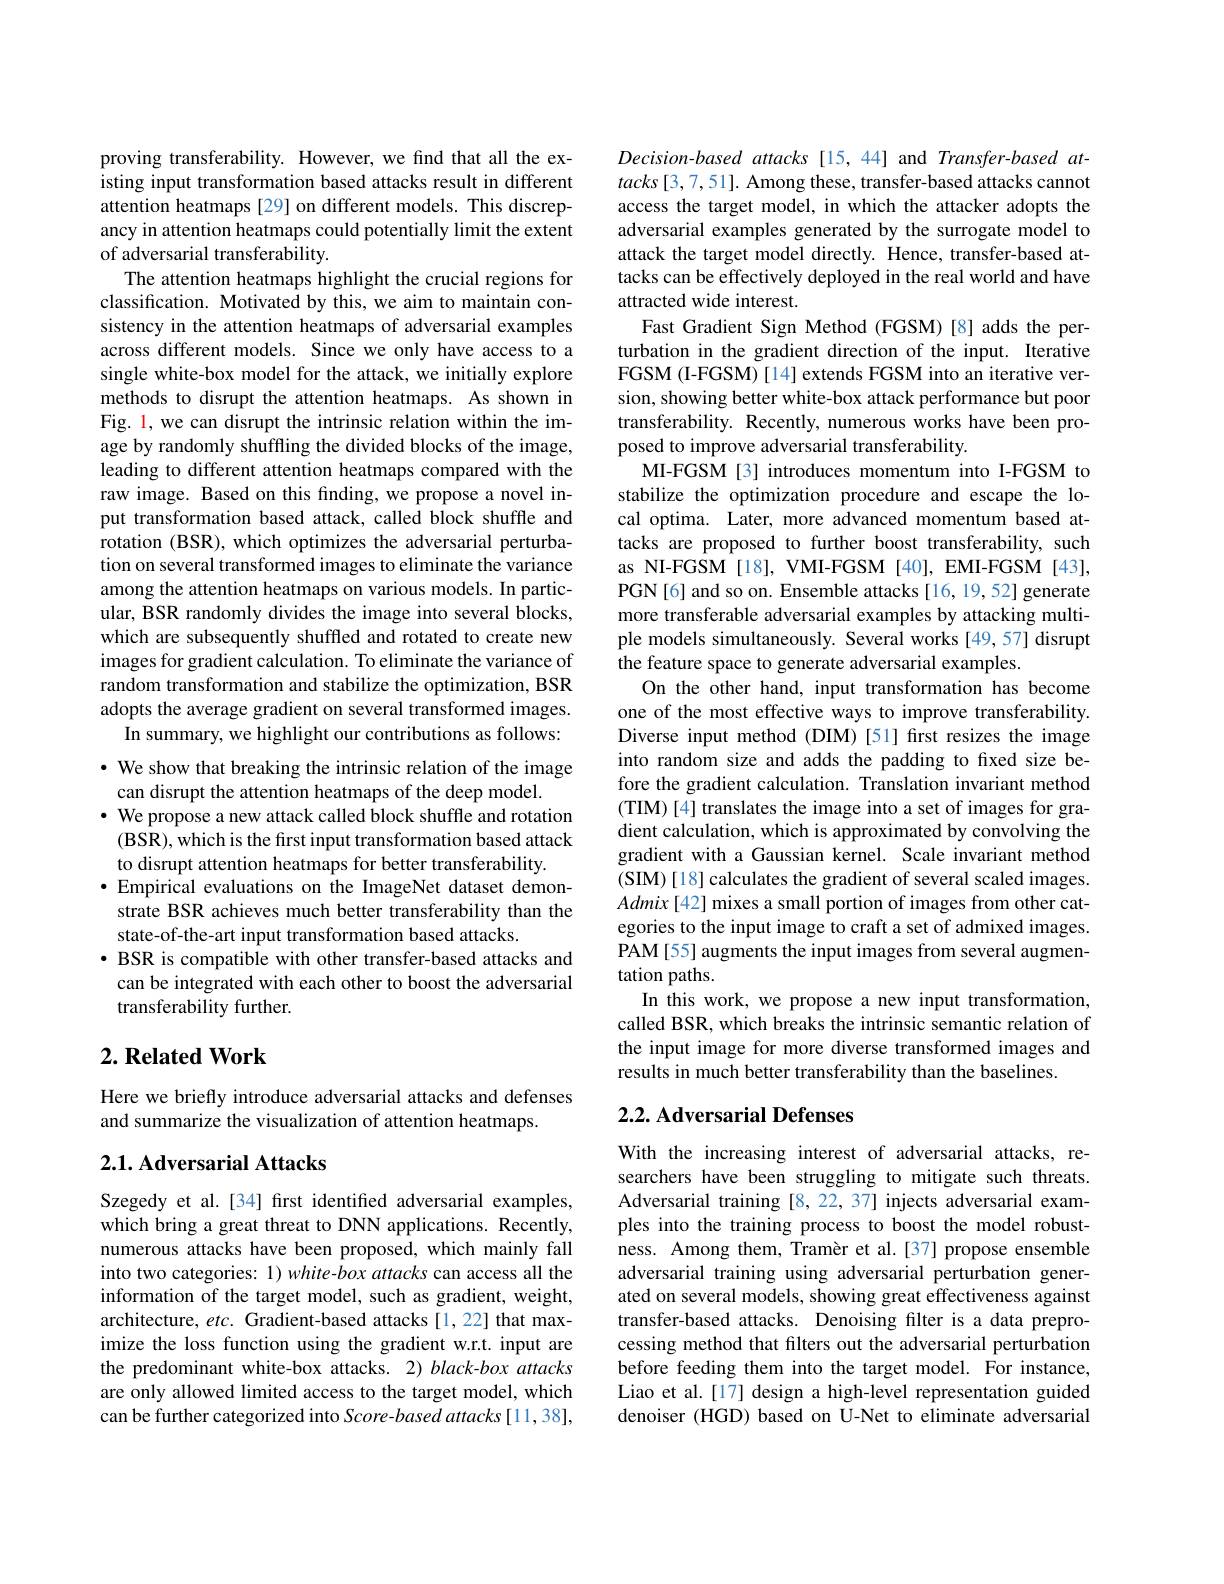
proving transferability. However, we find that all the existing input transformation based attacks result in different attention heatmaps [29] on different models. This discrepancy in attention heatmaps could potentially limit the extent of adversarial transferability.
The attention heatmaps highlight the crucial regions for classification. Motivated by this, we aim to maintain consistency in the attention heatmaps of adversarial examples across different models. Since we only have access to a single white-box model for the attack, we initially explore methods to disrupt the attention heatmaps. As shown in Fig. 1, we can disrupt the intrinsic relation within the image by randomly shuffling the divided blocks of the image, leading to different attention heatmaps compared with the raw image. Based on this finding, we propose a novel input transformation based attack, called block shuffle and rotation (BSR), which optimizes the adversarial perturbation on several transformed images to eliminate the variance among the attention heatmaps on various models. In particular, BSR randomly divides the image into several blocks, which are subsequently shuffled and rotated to create new images for gradient calculation. To eliminate the variance of random transformation and stabilize the optimization, BSR adopts the average gradient on several transformed images.
In summary, we highlight our contributions as follows: · We show that breaking the intrinsic relation of the image
can disrupt the attention heatmaps of the deep model.
· We propose a new attack called block shuffle and rotation (BSR), which is the first input transformation based attack to disrupt attention heatmaps for better transferability.
·Empirical evaluations on the ImageNet dataset demonstrate BSR achieves much better transferability than the state-of-the-art input transformation based attacks.
$\bullet$ BSR is compatible with other transfer-based attacks and can be integrated with each other to boost the adversarial transferability further.

## $2. \textbf{Related Work}$

Here we brieffy introduce adversarial attacks and defenses
and summarize the visualization of attention heatmaps.

## 2.1. Adversarial Attacks

Szegedy et al.[34] first identified adversarial examples, which bring a great threat to DNN applications. Recently, numerous attacks have been proposed, which mainly fall into two categories: 1) white-box attacks can access all the information of the target model, such as gradient, weight, architecture, $etc.$ Gradient-based attacks [1,22] that maximize the loss function using the gradient w.r.t. input are the predominant white-box attacks. 2) black-box attacks are only allowed limited access to the target model, which can be further categorized into Score-based attacks [11,38],

Decision-based attacks [15,44] and Transfer-based at- $tacks[3,7,51].$ Among these, transfer-based attacks cannot access the target model, in which the attacker adopts the adversarial examples generated by the surrogate model to attack the target model directly. Hence, transfer-based attacks can be effectively deployed in the real world and have attracted wide interest.
Fast Gradient Sign Method (FGSM)[8] adds the perturbation in the gradient direction of the input. Iterative FGSM (I-FGSM) [14] extends FGSM into an iterative version, showing better white-box attack performance but poor transferability. Recently, numerous works have been proposed to improve adversarial transferability.
MI-FGSM[3] introduces momentum into I-FGSM to stabilize the optimization procedure and escape the local optima. Later, more advanced momentum based attacks are proposed to further boost transferability, such as NI-FGSM [18], VMI-FGSM [40], EMI-FGSM [43], PGN[6] and so on. Ensemble attacks [16, 19, 52] generate more transferable adversarial examples by attacking multiple models simultaneously. Several works [49,57] disrupt the feature space to generate adversarial examples.
On the other hand, input transformation has become one of the most effective ways to improve transferability. Diverse input method (DIM)[51] first resizes the image into random size and adds the padding to fixed size before the gradient calculation. Translation invariant method (TIM) [4] translates the image into a set of images for gradient calculation, which is approximated by convolving the gradient with a Gaussian kernel. Scale invariant method (SIM)[18] calculates the gradient of several scaled images. $Admix[42]$ mixes a small portion of images from other categories to the input image to craft a set of admixed images. PAM[55] augments the input images from several augmentation paths.
In this work, we propose a new input transformation, called BSR, which breaks the intrinsic semantic relation of the input image for more diverse transformed images and results in much better transferability than the baselines.

## 2.2. Adversarial Defenses

With the increasing interest of adversarial attacks, researchers have been struggling to mitigate such threats. Adversarial training [8,22,37] injects adversarial examples into the training process to boost the model robustness. Among them, Tramèr et al.[37] propose ensemble adversarial training using adversarial perturbation generated on several models, showing great effectiveness against transfer-based attacks. Denoising filter is a data preprocessing method that filters out the adversarial perturbation before feeding them into the target model. For instance, Liao et al.[17] design a high-level representation guided denoiser (HGD) based on U-Net to eliminate adversarial